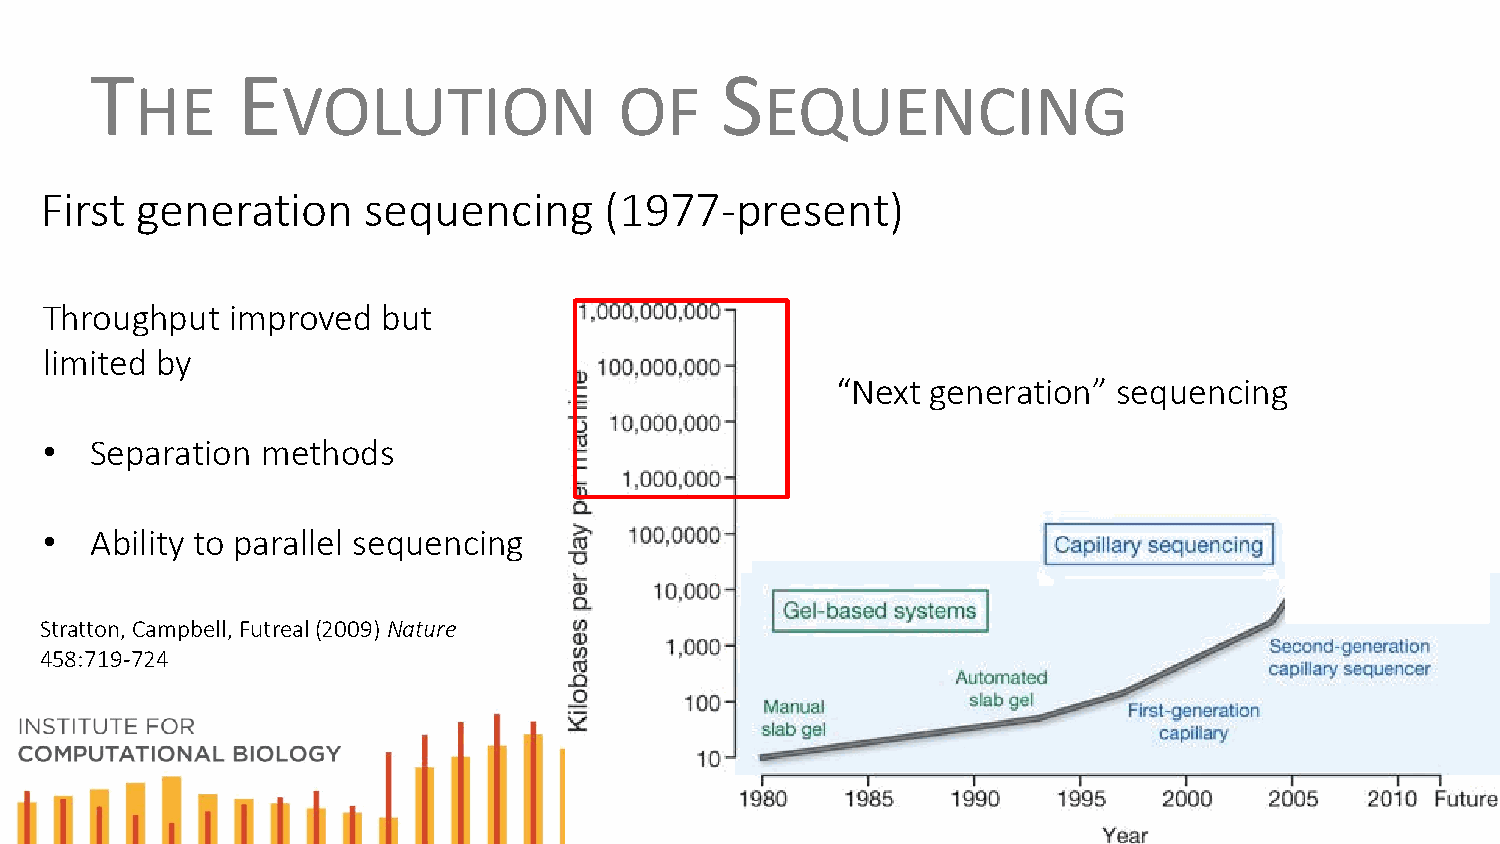
T         E                               S
 HE        VOLUTION              OF        EQUENCING
 First generation     sequencing      (1977-present)
 Throughput  improved  but
 limited by
 “Next  generation” sequencing
 •  Separation methods
 •  Ability to parallel sequencing
 Stratton, Campbell, Futreal(2009) Nature
 458:719-724